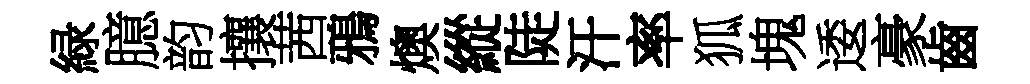
緑臆韵攘茜鴉燠縱陡汗率狐塊逶豪齒